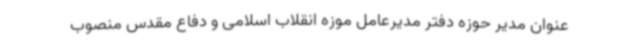
عنوان مدیر حوزه دفتر مدیرعامل موزه انقلاب اسلامی و دفاع مقدس منصوب